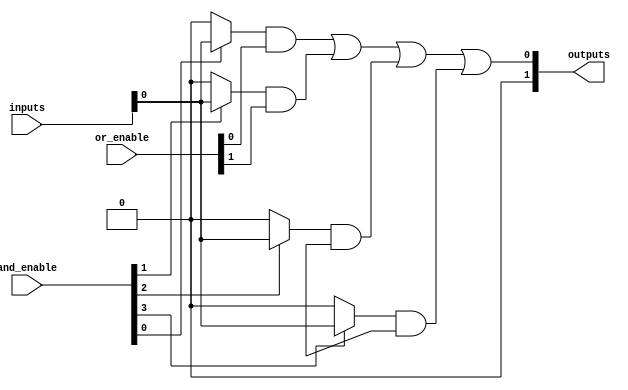
module FlashProgrammablePAL #(
    parameter NUM_INPUTS = 4,      // Number of input lines
    parameter NUM_AND_GATES = 4,    // Number of AND gates
    parameter NUM_PRODUCT_TERMS = 4, // Number of product terms
    parameter NUM_OUTPUTS = 2       // Number of output lines
)(
    input wire [NUM_INPUTS-1:0] inputs, // Input lines
    input wire [NUM_AND_GATES-1:0] and_enable, // Enable signals for AND gates
    input wire [NUM_OUTPUTS-1:0] or_enable, // Enable signals for OR gates
    output wire [NUM_OUTPUTS-1:0] outputs // Output lines
);

// Internal wires for product terms
wire [NUM_PRODUCT_TERMS-1:0] product_terms [NUM_AND_GATES-1:0];

// Programmable AND array
genvar i, j;
generate
    for (i = 0; i < NUM_AND_GATES; i = i + 1) begin : and_gate
        for (j = 0; j < NUM_INPUTS; j = j + 1) begin : input_connection
            assign product_terms[i][j] = and_enable[i] ? (inputs[j] & (1'b1 << j)) : 1'b0;
        end
    end
endgenerate

// OR array to combine product terms
wire [NUM_OUTPUTS-1:0] or_terms [NUM_PRODUCT_TERMS-1:0];
generate
    for (i = 0; i < NUM_OUTPUTS; i = i + 1) begin : or_gate
        assign or_terms[i] = 1'b0; // Initialize OR terms
        for (j = 0; j < NUM_PRODUCT_TERMS; j = j + 1) begin : product_combination
            assign or_terms[i] = or_terms[i] | (product_terms[j][i] & or_enable[j]);
        end
        assign outputs[i] = or_terms[i]; // Final output assignment
    end
endgenerate

endmodule